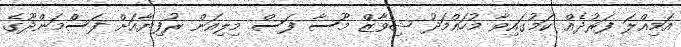
އަމިއްލަ ފަރުދެއް ކަމުގައިވާ މުހައްމަދު ޝިވާޒް މޫސާ ފަސް މިލިއަން ރުފިޔާއަށް ފަސްމަންދޫގެ